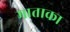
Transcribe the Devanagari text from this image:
माताका